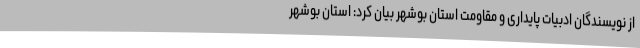
از نویسندگان ادبیات پایداری و مقاومت استان بوشهر بیان کرد: استان بوشهر